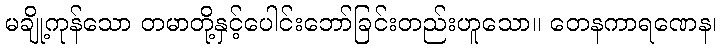
မချို့ကုန်သော တမာတို့နှင့်ပေါင်းဘော်ခြင်းတည်းဟူသော။ တေနကာရဏေန၊